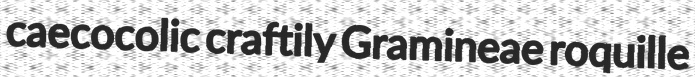
caecocolic craftily Gramineae roquille